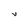
Character: V